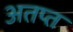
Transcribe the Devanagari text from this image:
अतप्त